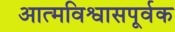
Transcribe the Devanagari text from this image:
आत्मविश्वासपूर्वक